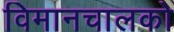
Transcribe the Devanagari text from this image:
विमानचालको